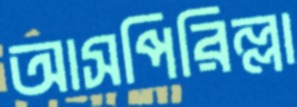
আসপিরিল্লা